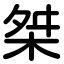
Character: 桀